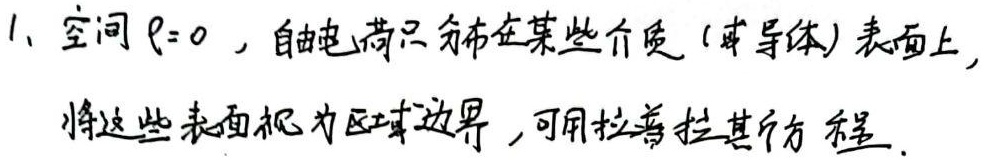
1、空间\(\rho = 0\)，自由电荷只分布在某些介质(或导体)表面上，将这些表面视为区域边界，可用拉普拉斯方程。